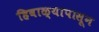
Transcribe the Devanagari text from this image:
हिवाळ्यापासून